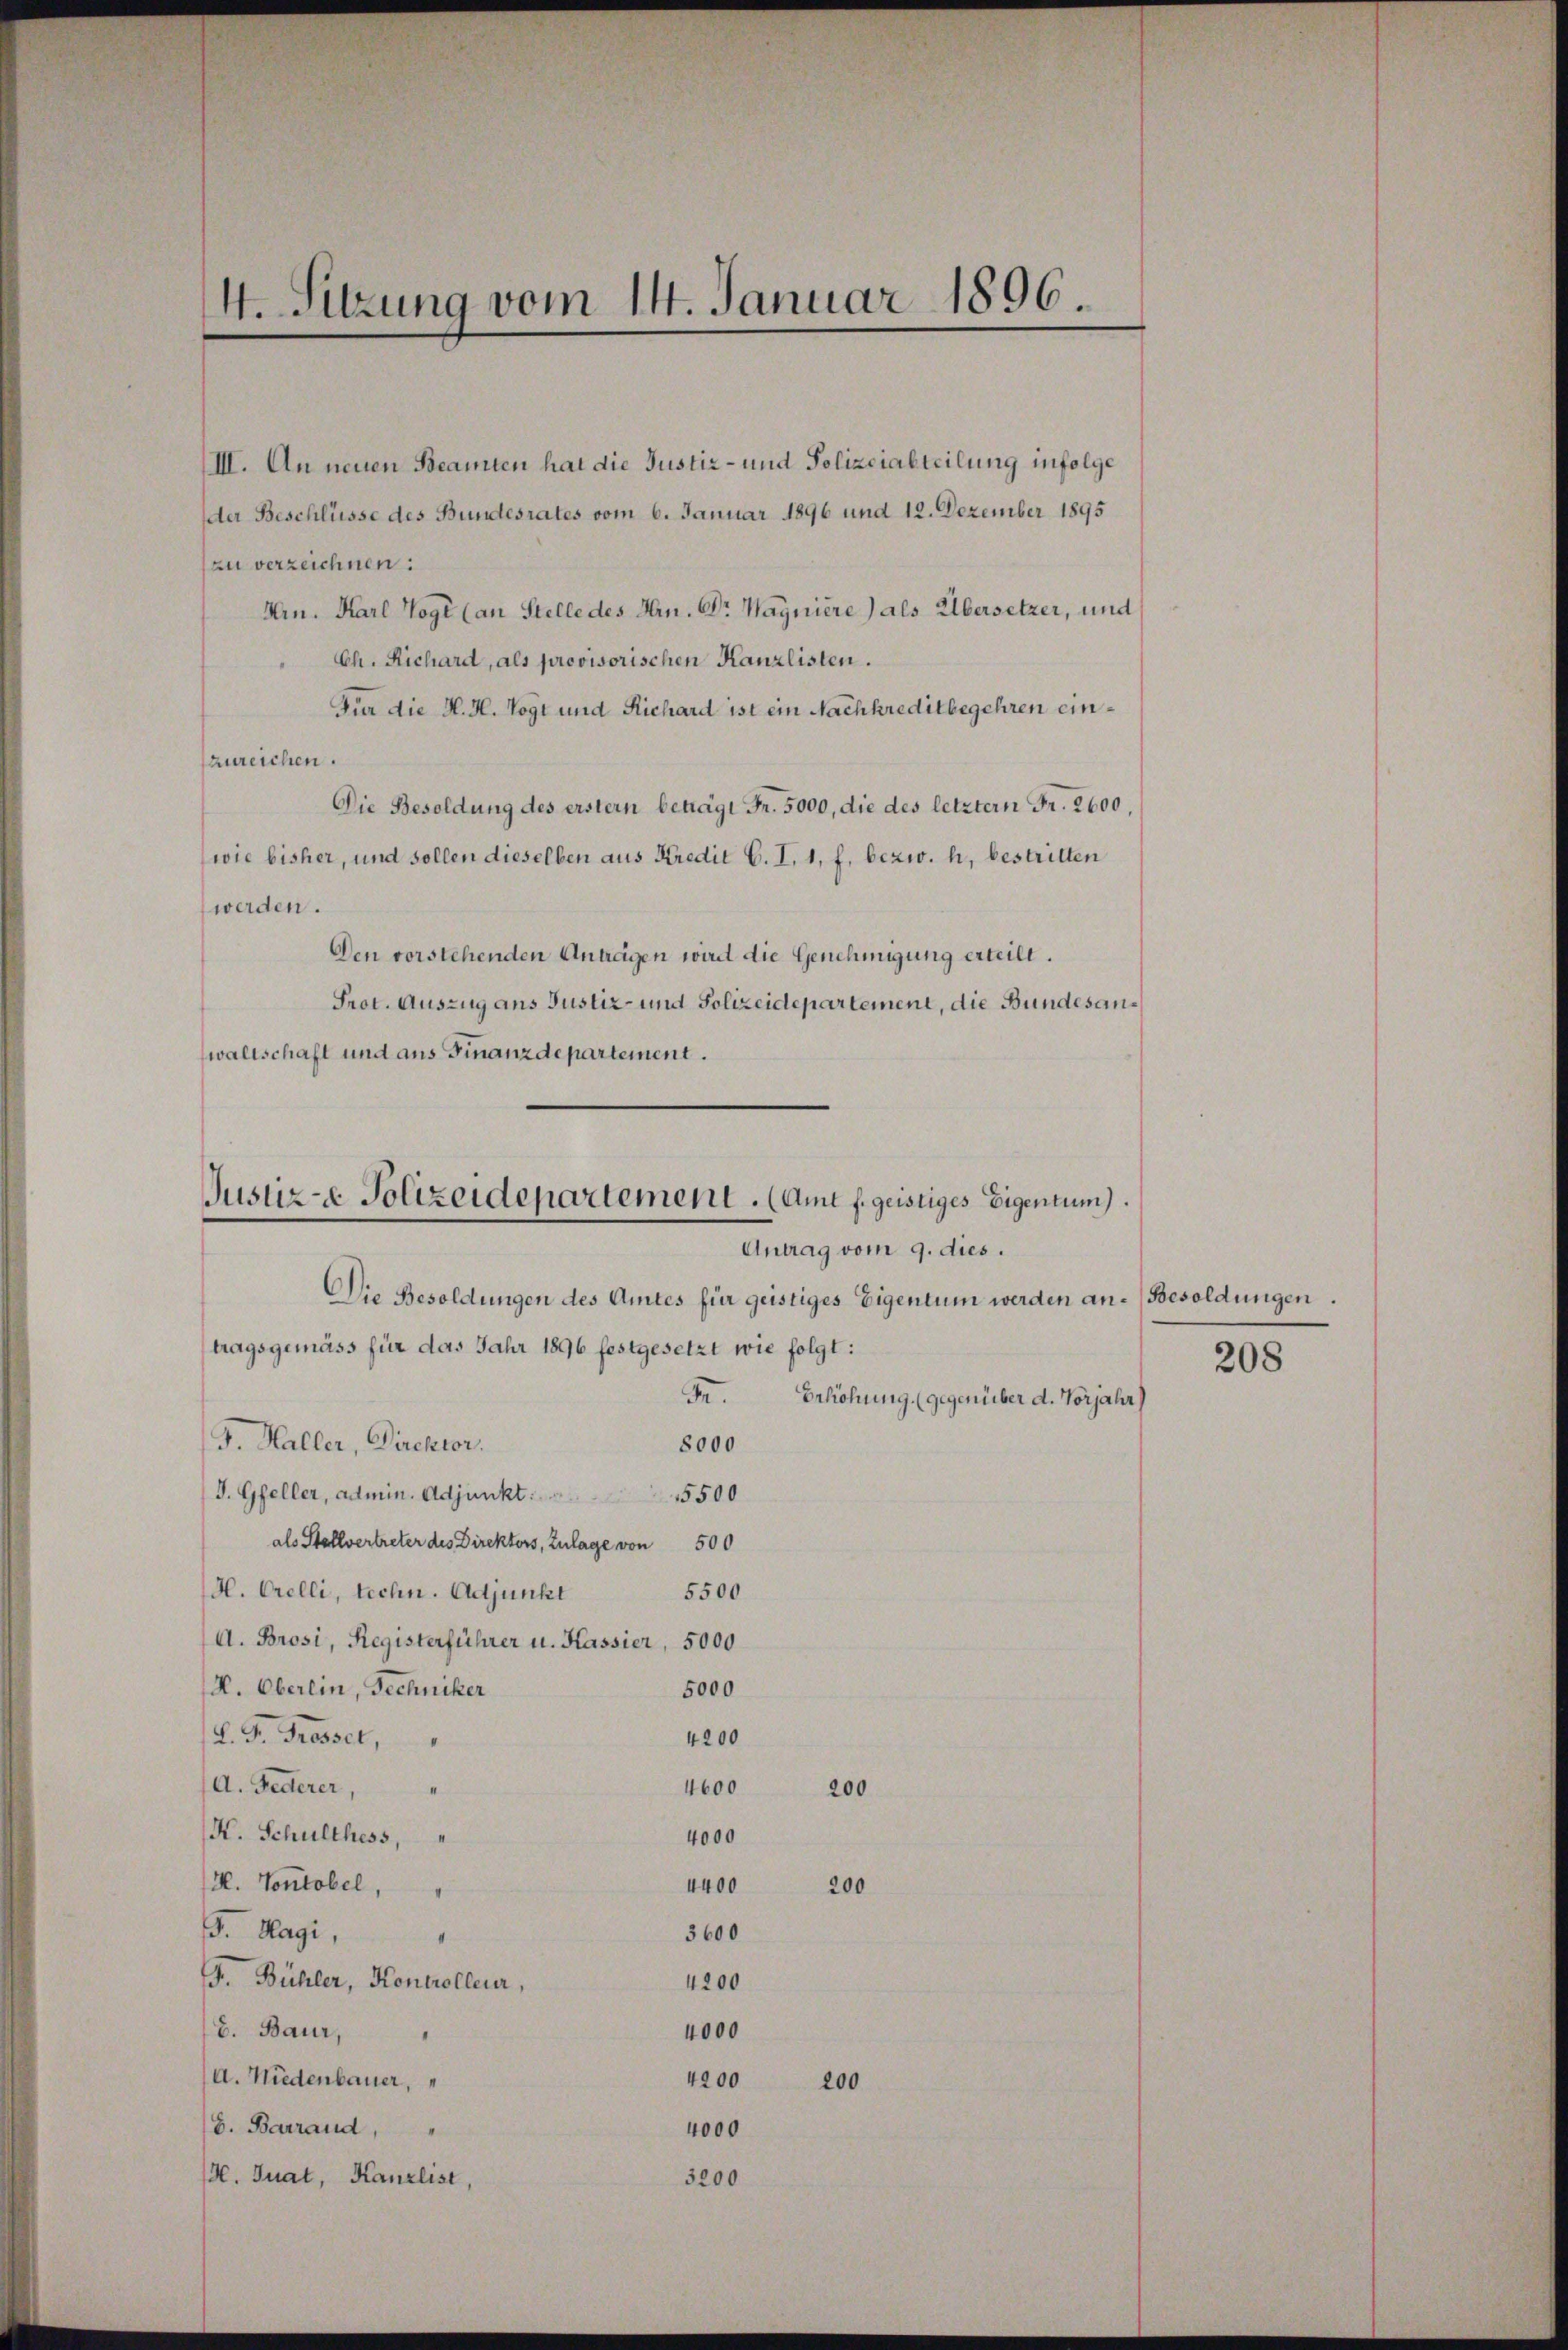
4. Sitzung vom 14. Januar 1896.

III. An neuen Beamten hat die Justiz- und Polizeiabteilung infolge
der Beschlüsse des Bundesrates vom 6. Januar 1896 und 12. Dezember 1895
zu verzeichnen:
Hrn. Karl Togi (an Stelle des Hrn. Dr. Wagniere) als Übersetzer, und
Ch. Richard, als provisorischen Kanzlisten.
Für die H. H. Vogt und Richard ist ein Nachkreditbegehren einzureichen.
Die Besoldung des erstern beträgt Fr. 5000, die des letztern Fr. 2600,
wie bisher, und sollen dieselben aus Kredit C. I, 1, f. bezw. h, bestritten
werden.
Den vorstehenden Antragen wird die Genehmigung erteilt.
Prot. Auszug aus Justiz- und Polizeidepartement, die Bundesaus
waltschaft und aus Finanzdepartement.

tragsgemäss für das Jahr 1896 festgesetzt wie folgt:
F.
Erhöhung (gegenüber d. Vorjahr
V. Haller, Direktor.
8000
J. Gfeller, Admin. Adjunkt. 5500
als Stellvertreter des Direktors, Zulage von 500
H. Orelli, techn. Adjunkt
5500
A. Brosi, Registerführer u. Kassier, 5000
H. Oberlin, Techniker
5000
d. G. Fresset,
4200
A. Federer,
4600
200
K. Schulthess,
4000
H. Vontobel,
4400
200
. Magi,
3600
F. Bühler, Kontrolleur,
4200
8. Baur,
4000
a. Niederbauer,
4200
200
b. Barrand,
4000
H. Guat, Kanzlist,
3200

Justiz- & Polizeidepartement. (Amt f. geistiges Eigentum).
Antrag vom 9. dies.
Die Besoldungen des Amtes für geistiges Eigentum werden an¬

Besoldungen.

208